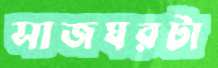
সাজঘরটা